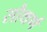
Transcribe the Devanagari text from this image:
सौथर्ण